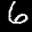
Label: 6